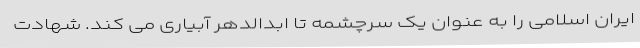
ایران اسلامی را به عنوان یک سرچشمه تا ابدالدهر آبیاری می کند. شهادت